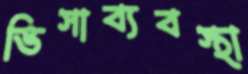
ভিসাব্যবস্থা